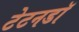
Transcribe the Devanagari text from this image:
टेटनडॉ